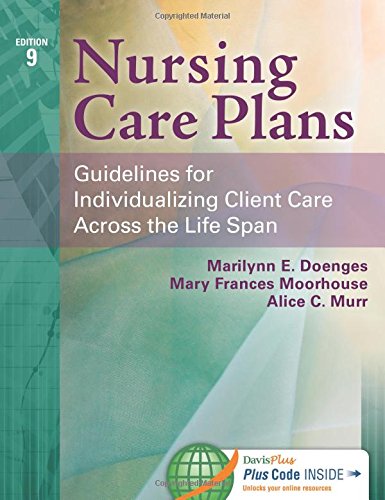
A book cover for Nursing Care Plans: Guidelines for Individualizing Client Care Across the Life Span; Marilynn E. Doenges APRN  BC-retired; Medical Books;